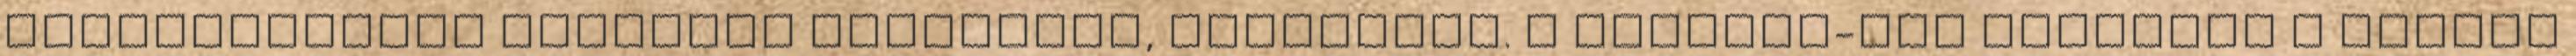
kiterjesztésű fájlokat vizsgálja, ellenőrzi. A basedir-től számítva a script